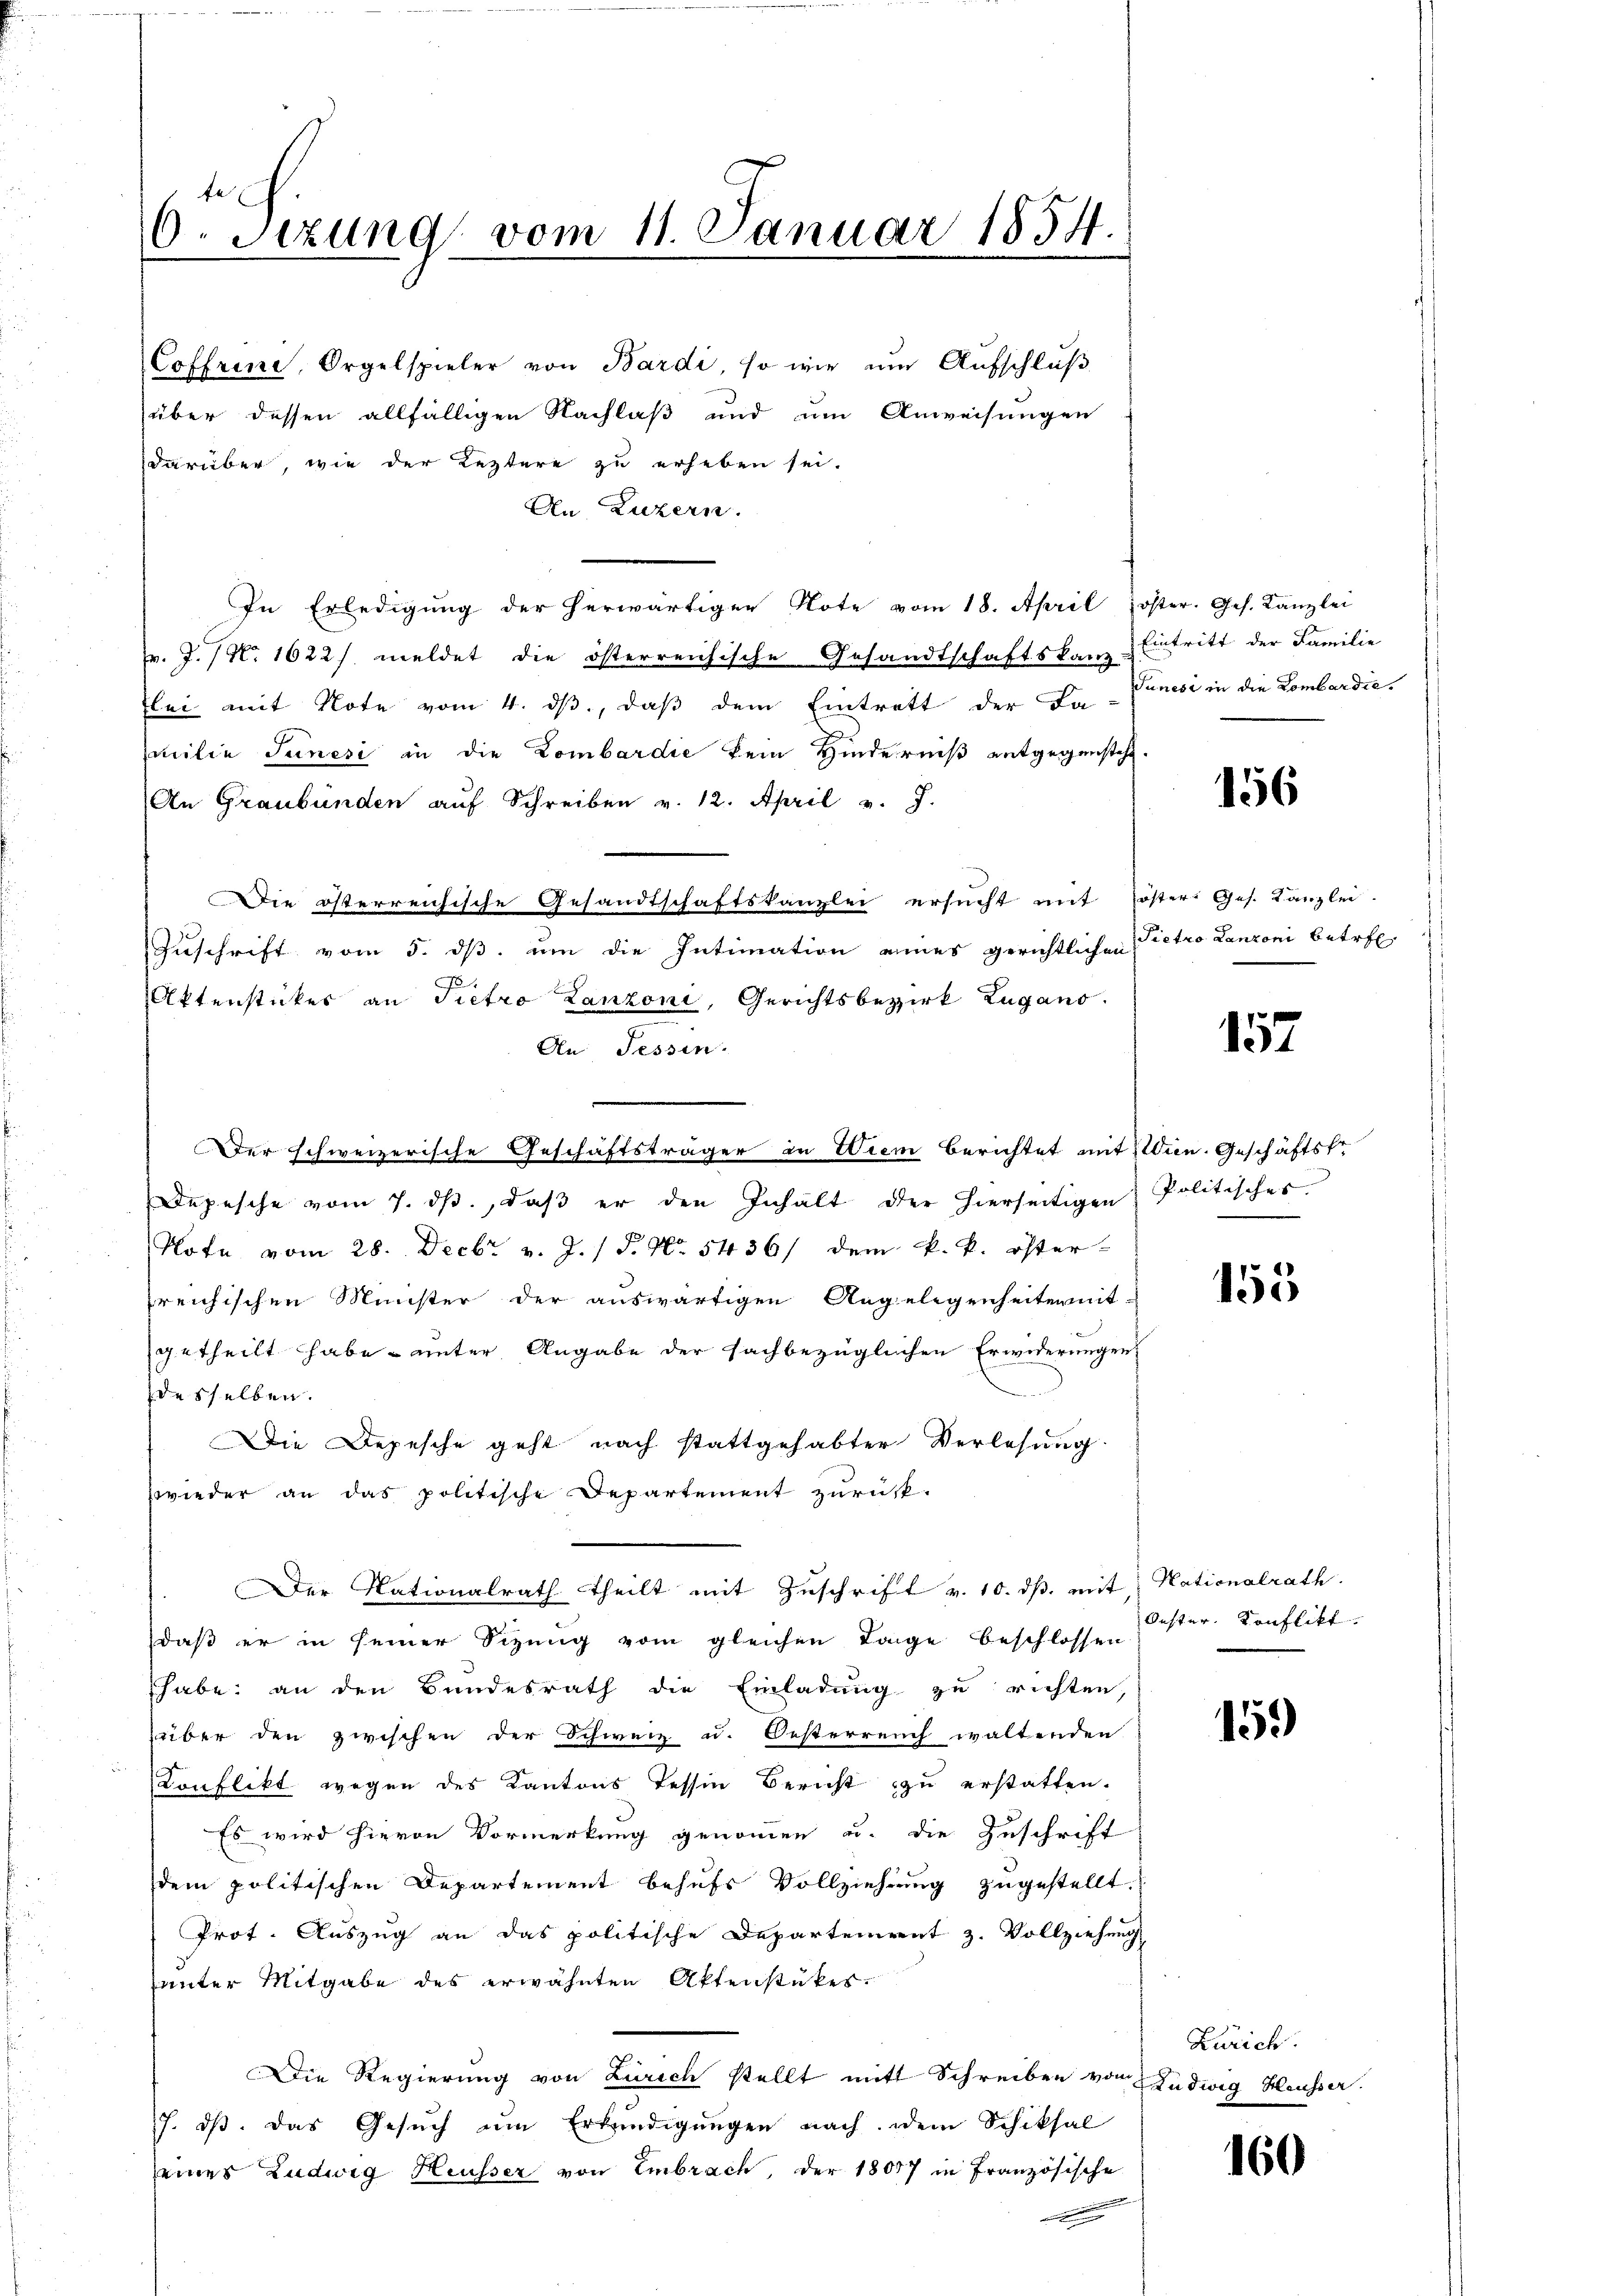
Coffrine, Orgelspieler von Bardi, so wir um Aufschlŭβ
über dessen allfälligen Nachlaß und um Anweisungen
darüber, wie der Leztere zu erheben sei.
An Luzern.
In Erledigung der herwärtiger Note vom 18. April öster. Ges. Kanzlei
pr. J. N. 1622) meldet die österreichische Gesandtschaftskanz Eintritt der Familie
lei mit Note vom 4. ds., daß dem Eintrett der Fa-Vanesi in die Lombardie
milie Junesi in die Lombardić kein Hinderniß entgegenstehe.
An Graubünden aŭf Schreiben v. 12. April v. J.
Die österreichische Gesandtschaftskanzlei ersŭcht mit öster: Ges. Kanzlei.
Zuschrift vom 5. ds. um die Intimation eines gerichtlichen
1
Aktenstückes an Pietro Zanzoni, Gerichtsbezirk Zugano.
An Tessin.
Der schweizerische Geschäftsträger in Wien berichtet mit sein. Geschäftsfr
Depesche vom 7. dβ, daβ er den Inhalt der hierseitigen Politisches
Note vom 28. Decbr v. J. / 5. No. 5436/ dem k. k. öster-
reichischen Minister der auswärtigen Angelegenheitermit-
getheilt habe unter Angabe der sachbezüglichen Erwiderungen
desselben.
Die Depesche geht nach stattgehabter Verlesung
wieder an das politische Departement zurück-
Der Nationalrath theilt mit Zuschrift v. 10. ds. mit: Nationalrath.
daß er in seiner Sitzung vom gleichen Tage beschlossen
habe; an den Bundesrath die Einladung zu richten,
über den zwischen der Schweiz u. Oesterreich waltenden
Konflikt wegen des Kantons Tessin Bericht zu erstatten.
Es wird hievon Vormerkung genommen u. die Zuschrift
dem politischen Departement behufs Vollziehung zugestellt.
Prot. Auszug an das politische Departement z. Vollziehung
unter Mitgabe des erwähnten Aktenstükes.
Die Regierung von Zürich stellt mit Schreiben von Ludwig Heusser.
J. dß. Das Gesuch um Erkundigungen nach dem Schiksal
einer Ludwig Heusser von Embrach, der 18047 in Französische

6t Sizung vom 11. Januar 1854.

156

Pietro Lanzoni betre

157

155

Oester Konflikt.

159

Zürich.

160